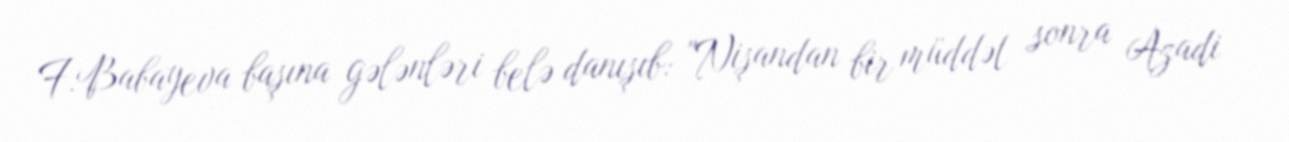
F.Babayeva başına gələnləri belə danışıb: "Nişandan bir müddət sonra Azadi